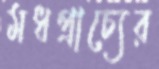
মধপ্রাচ্যের